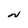
Character: N